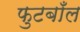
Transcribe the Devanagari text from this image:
फुटबाँल